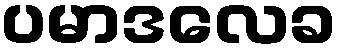
ပမာဒလေခ